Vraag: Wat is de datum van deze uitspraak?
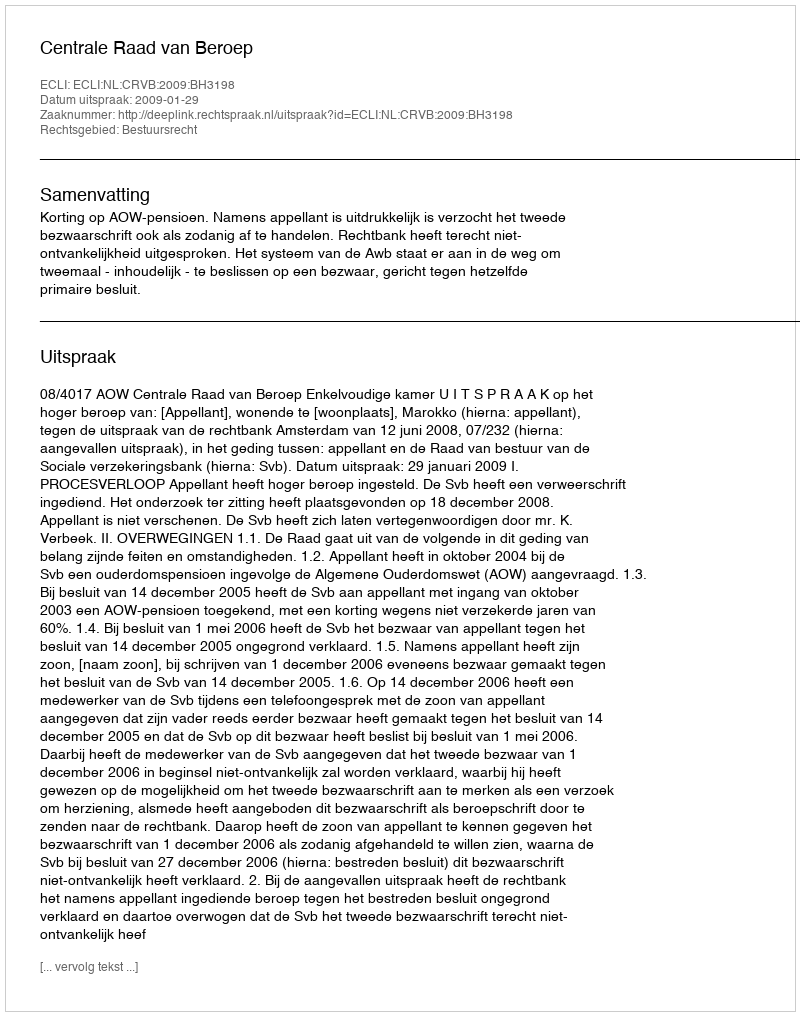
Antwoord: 2009-01-29